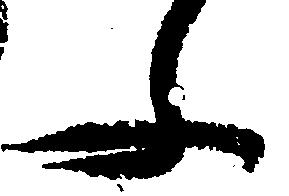
ふ